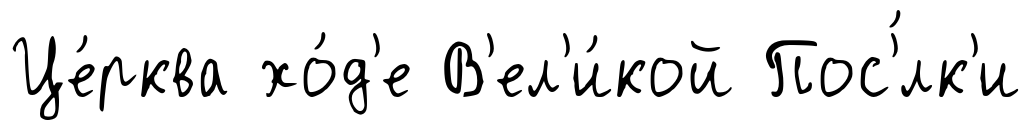
Це́рква хо́д'е В'ел'и́кой Пос'́лк'и